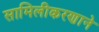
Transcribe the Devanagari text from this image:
सामिलीकरणाने